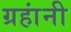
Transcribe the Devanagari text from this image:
ग्रहांनी